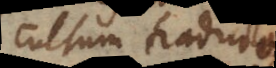
cultum traductas,